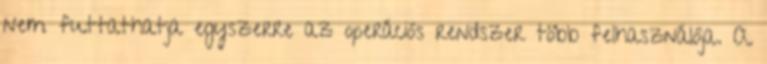
nem futtathatja egyszerre az operációs rendszer több felhasználója. A